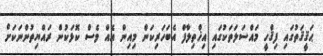
ޙަޤީޤަތުގައި ފިޤްހީ މައްސަލަތަކުގައި އިޚްތިލާފް އެބަހަރިކަން މިއިން އެއް ވެސް ކޮޅަކުން ރައްޔިތުންނަކަށް